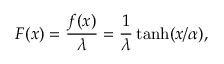
F ( x ) = \frac { f ( x ) } { \lambda } = \frac { 1 } { \lambda } \operatorname { t a n h } ( x / \alpha ) ,